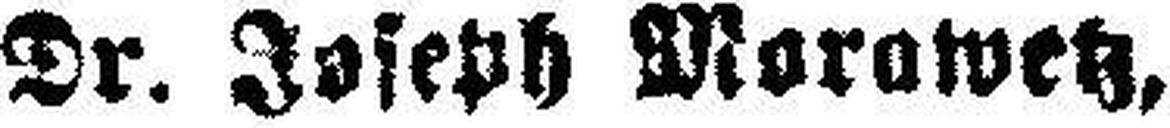
Dr. Joseph Morawetz,